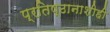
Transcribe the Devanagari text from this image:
प्रतिष्ठानाशीही